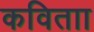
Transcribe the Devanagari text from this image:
कविताा